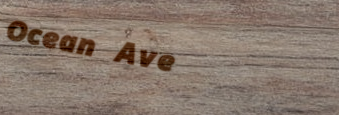
Ocean Ave